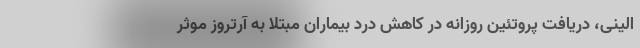
الینی، دریافت پروتئین روزانه در کاهش درد بیماران مبتلا به آرتروز موثر